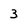
Character: 3